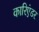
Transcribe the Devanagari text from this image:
कारिएंडर